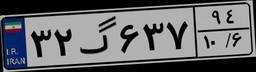
۳۲گ۶۳۷۹۴